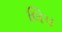
લિપ